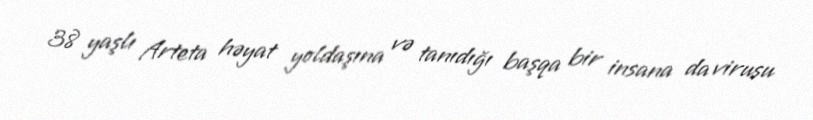
38 yaşlı Arteta həyat yoldaşına və tanıdığı başqa bir insana da virusu